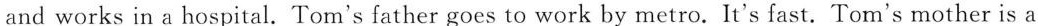
and works in a hospital. Tom's father goes to work by metro. It's fast. Tom's mother is a